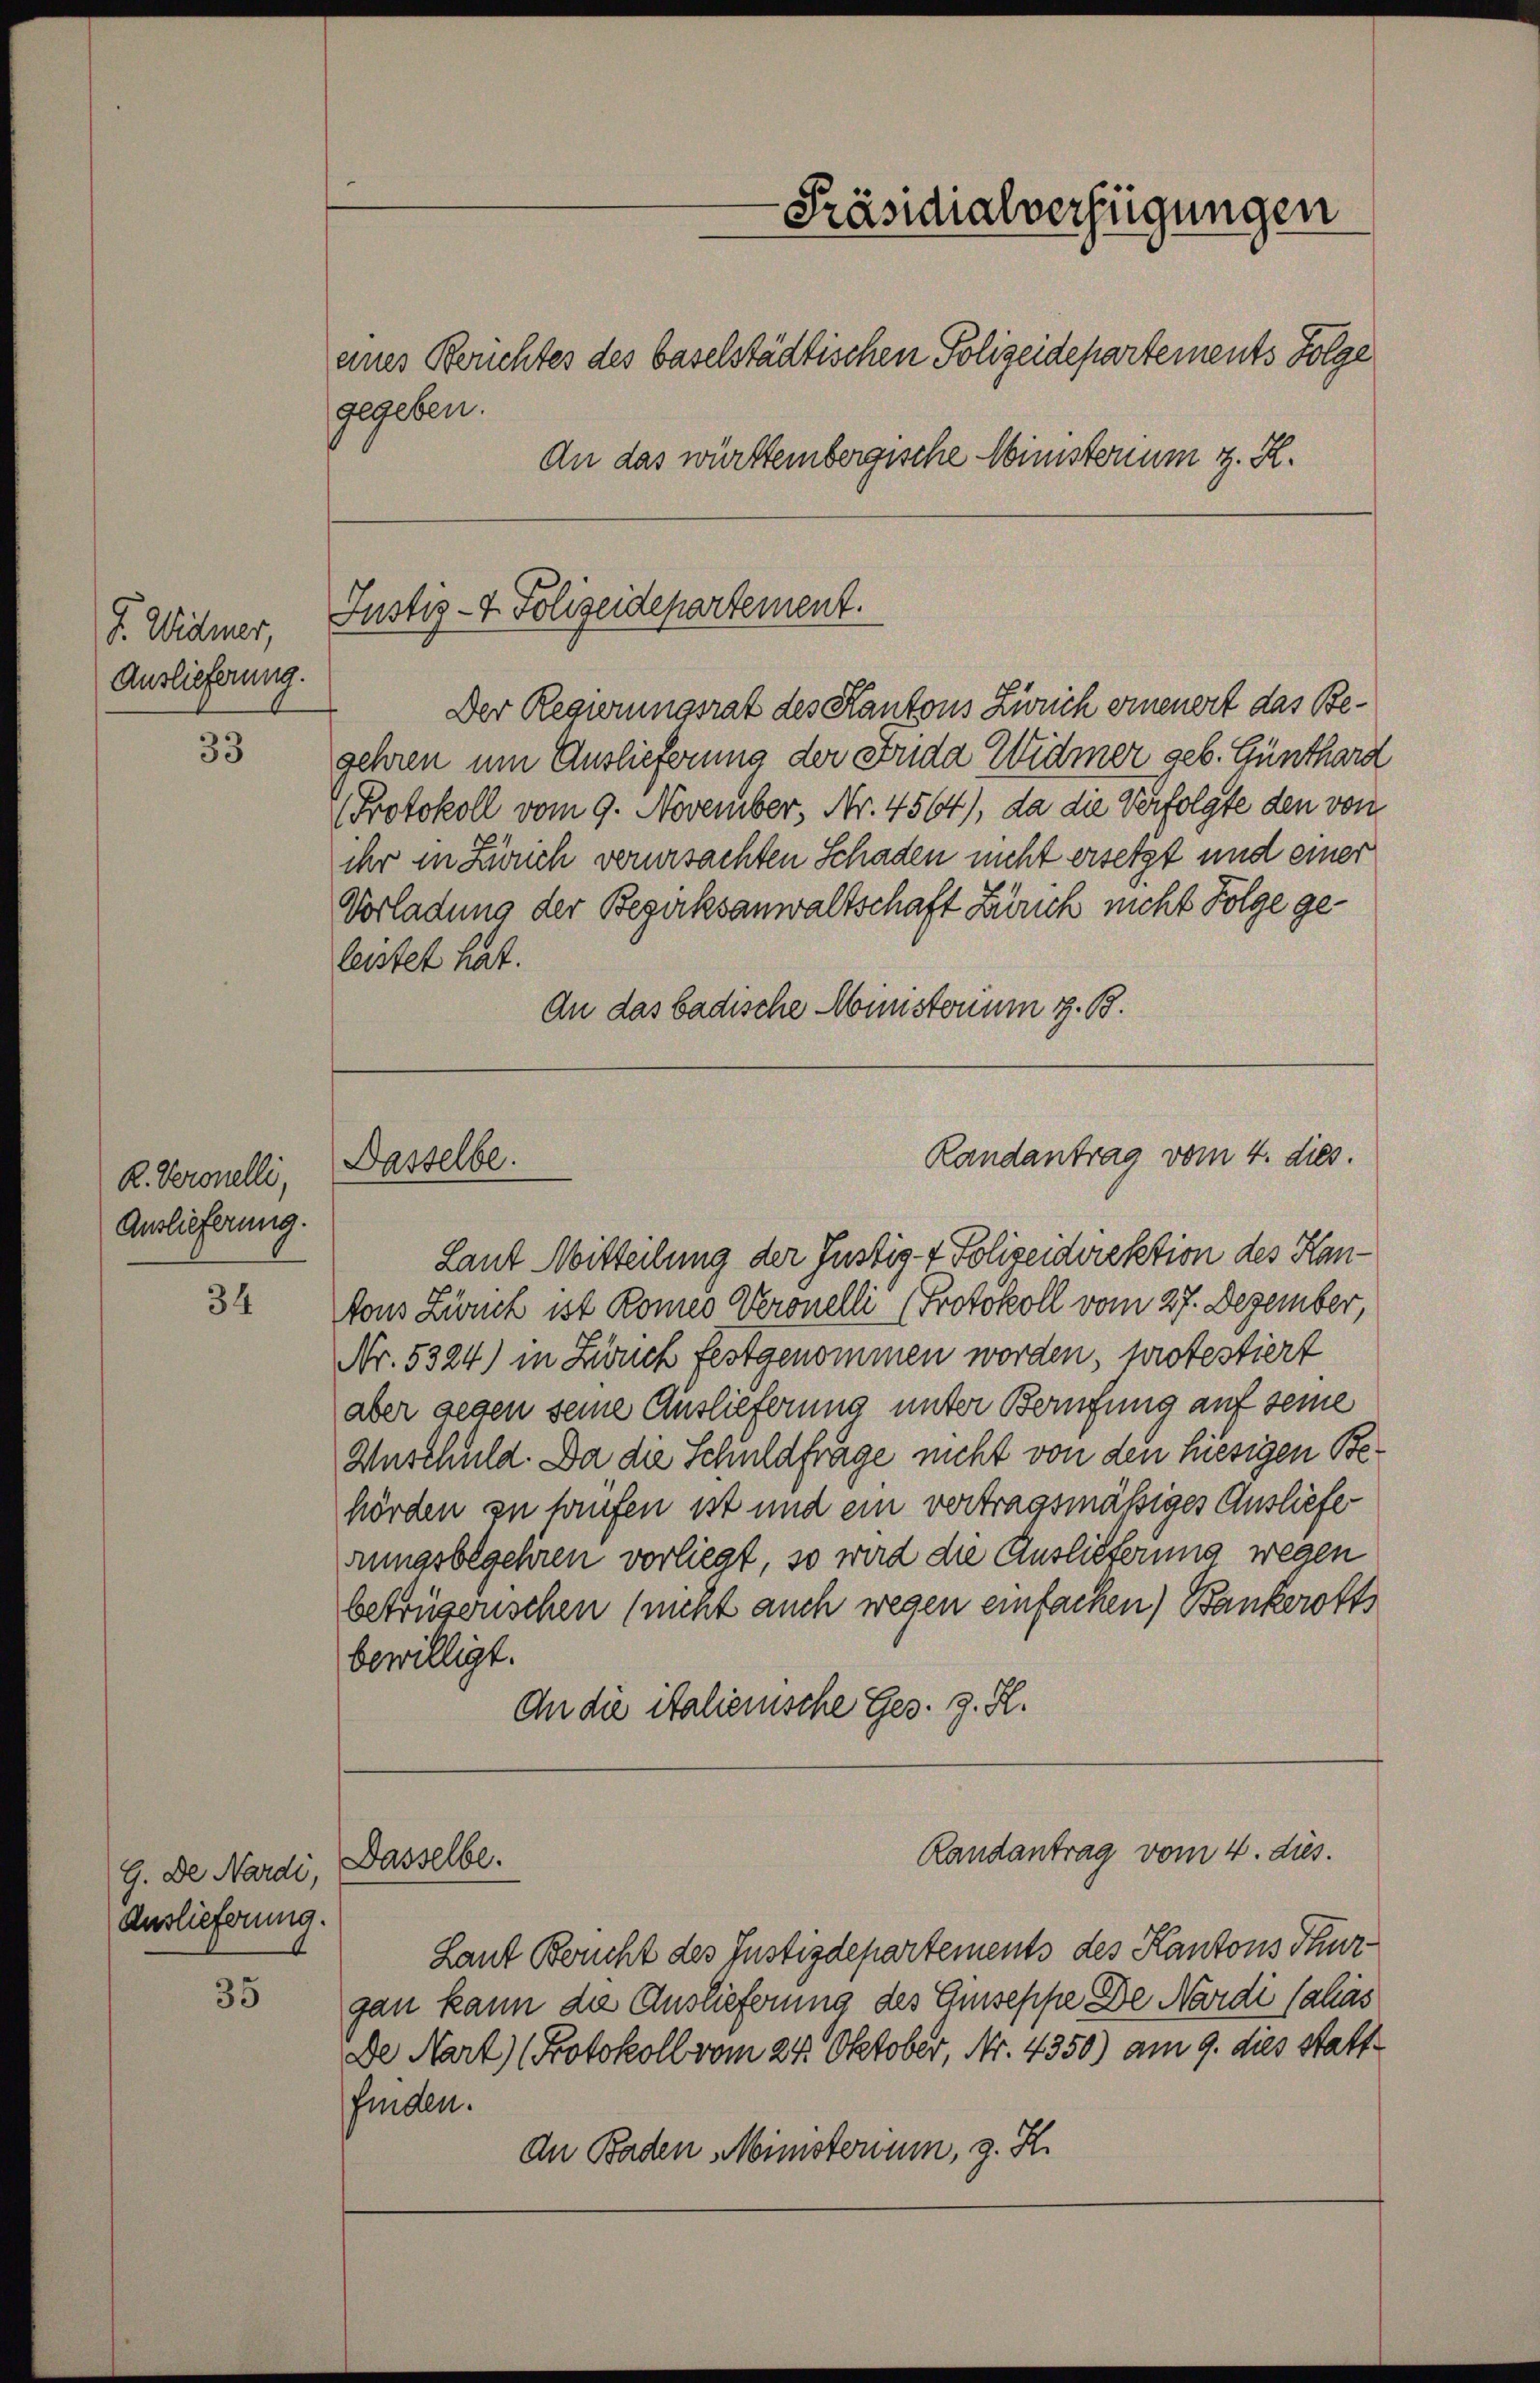
I. Widmer,
Auslieferung.

33

R. Veronelli,
Auslieferung.

34

G. De Nardi,
Auslieferung.

35

gegeben.

Justiz- & Polizeidepartement.

Dasselbe.

-Präsidialverfügungen
eines Berichtes des baselstädtischen Polizeidepartements Folge
An das württembergische Ministerium z. R.

Randantrag vom 4. dies.

Der Regierungsrat des Kantons Zürich einenert das Begehren um Auslieferung der Frida Widmer geb. Günthard
PProtokoll vom 9. November, Nr. 4564), da die Verfolgte den von
ihr in Zürich verursachten Schaden nicht ersetzt und einer
Vorladung der Bezirksanwaltschaft Zürich nicht Folge geleistet hat.
An das badische Mounstorium z. B.
Laut Mitteilung der Justiz- & Polizeidirektion des Hantons Zweck ist komen Veronelli (Protokoll vom 27. Dezember,
Nr. 5324) in Zweck festgenommen worden, protestiert
aber gegen seine Auslieferung unter Berufung auf seine
Auschuld. Da die Schuldfrage nicht von den hiesigen Behörden zu haufen ist und ein vertragsmäßiges Ausliefe
rungsbegehren vorliegt, so wird die Auslieferung wegen
betrügerischen (nicht auch wegen einfachen) Bankerotts
bewilligt.
An die italienische Ges. z. R.
Randantrag vom 4. dies.
Dasselbe.
Laut Bericht des Justizdepartements des Kantons Thurgan kann die Auslieferung des Giuseppe De Nardi alias
De Nart) (Protokoll vom 24. Oktober, Nr. 4350) am 9. dies stattfinden.
An Baden Ministerium, z. H.